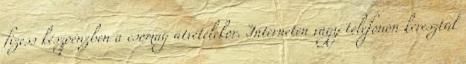
fizess készpénzben a csomag átvételekor. Interneten vagy telefonon keresztül